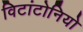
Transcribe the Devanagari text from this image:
विटांटोनियो